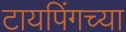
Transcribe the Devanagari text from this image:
टायपिंगच्या